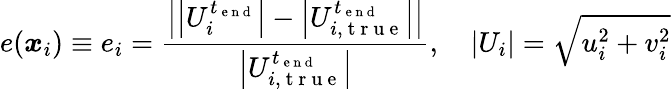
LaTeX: e(\boldsymbol{x}_{i})\equiv e_{i}=\frac{\left|\left|U_{i}^{t_{\mathrm{~e~n~d~}}}\right|-\left|U_{i,\mathrm{~t~r~u~e~}}^{t_{\mathrm{~e~n~d~}}}\right|\right|}{\left|U_{i,\mathrm{~t~r~u~e~}}^{t_{\mathrm{~e~n~d~}}}\right|},\quad\left|U_{i}\right|=\sqrt{u_{i}^{2}+v_{i}^{2}}